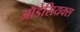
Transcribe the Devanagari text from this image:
ऑडेसियक्स